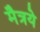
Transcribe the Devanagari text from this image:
मैत्रये